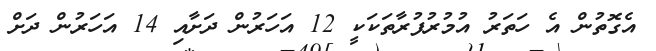
އެގޮތުން އެ ހަތަރު އުމުރުފުރާތަކަކީ 12 އަހަރުން ދަށާއި 14 އަހަރުން ދަށް